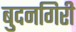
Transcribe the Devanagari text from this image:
बुदनगिरी